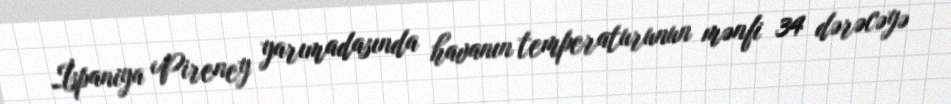
İspaniya Pireney yarımadasında havanın temperaturunun mənfi 34 dərəcəyə